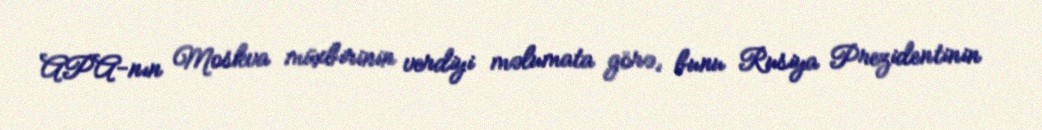
APA-nın Moskva müxbirinin verdiyi məlumata görə, bunu Rusiya Prezidentinin